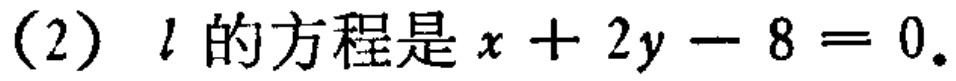
(2) \(l\) 的方程是 \(x + 2y - 8 = 0\).